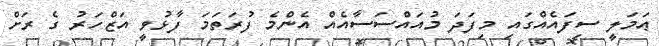
ޢަމަލީ ސިފައެއްގައި މިފަދަ މުއައްސަސާއެއް އެންމެ ފުރަތަމަ ފާޅުވީ އަޒްހަރު ގެ ރަށް